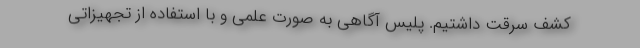
کشف سرقت داشتیم. پلیس آگاهی به صورت علمی و با استفاده از تجهیزاتی